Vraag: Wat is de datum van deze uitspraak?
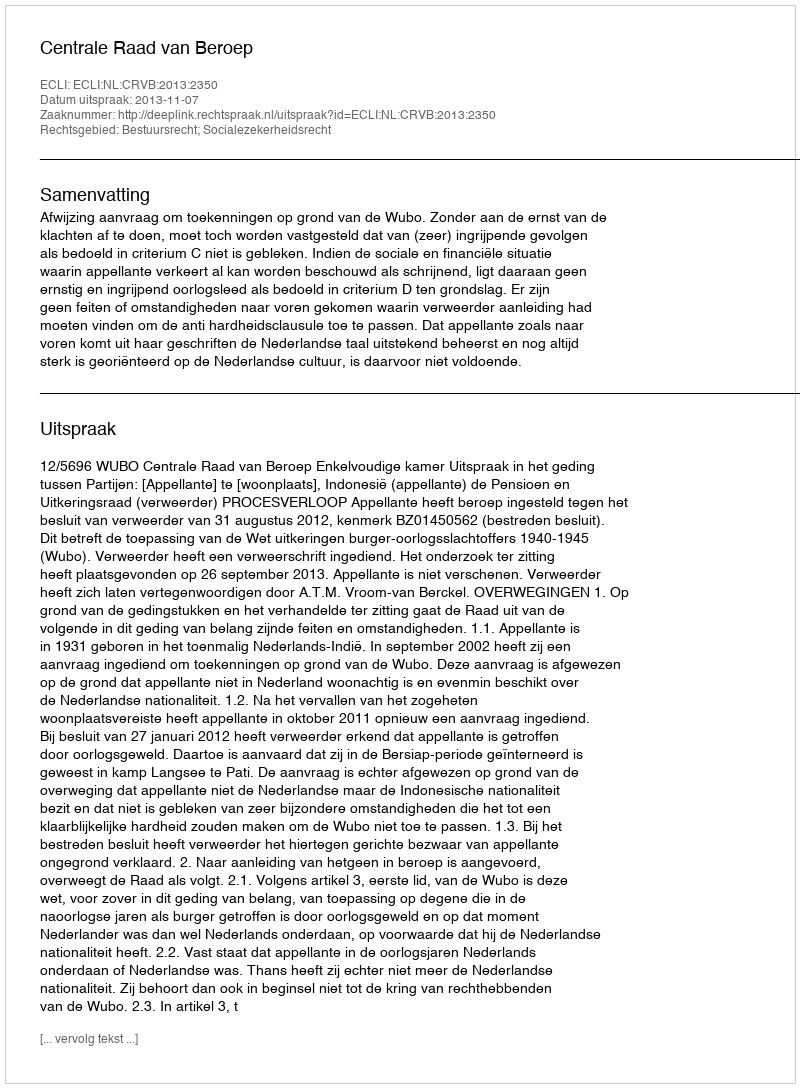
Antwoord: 2013-11-07